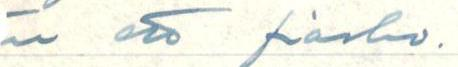
än att fiasko.